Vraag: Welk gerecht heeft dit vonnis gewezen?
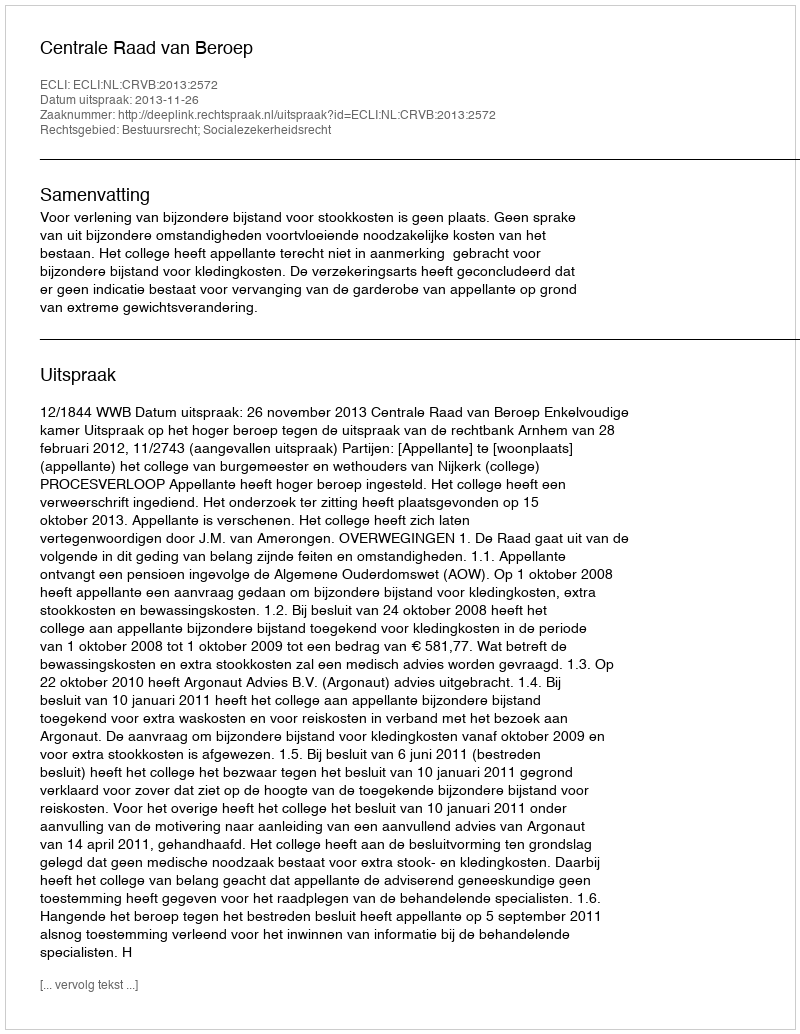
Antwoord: Centrale Raad van Beroep